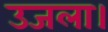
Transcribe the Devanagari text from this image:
उजला।